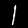
Label: 1